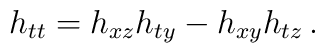
h_{tt} = h_{xz} h_{ty} - h_{xy} h_{tz}\,.